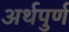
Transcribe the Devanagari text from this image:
अर्थपुर्ण